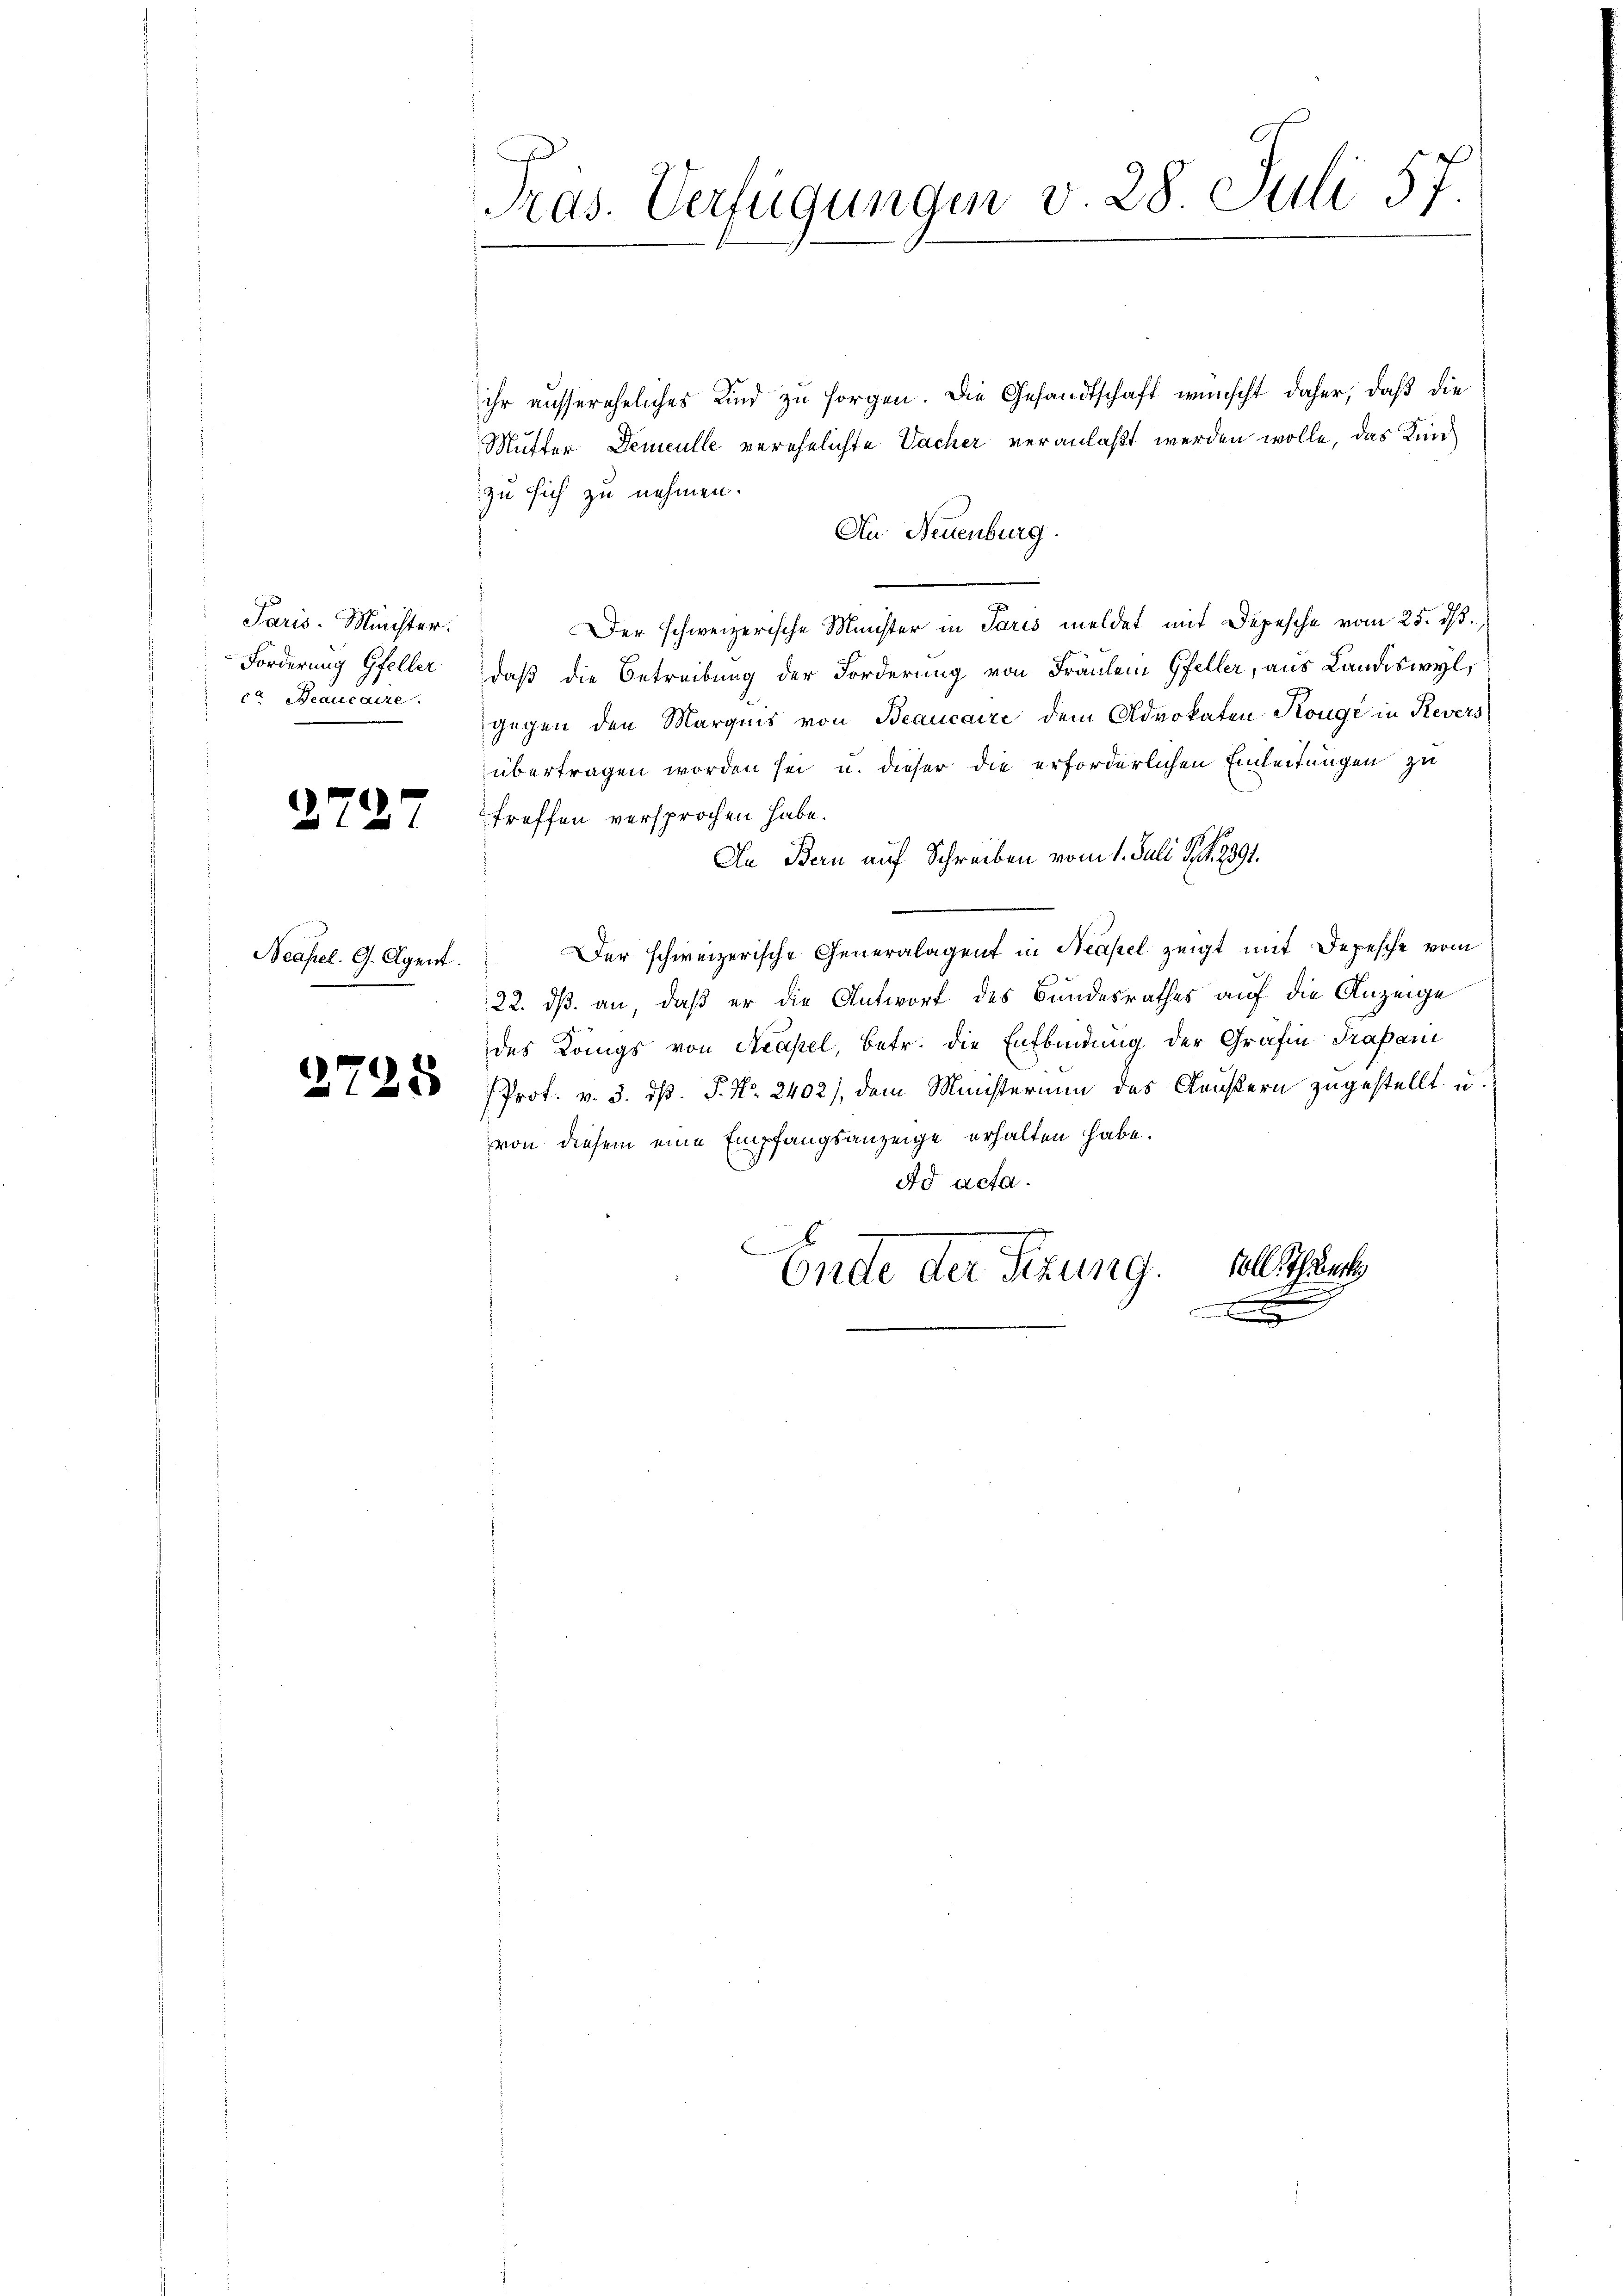
Paris. Minister.
Forderung Gfeller
ct. Beaucaire.

374

7

Neapel. G. Agent.

2725

Pras. Verfügungen v. 28. Juli 57

ihr aussereheliches Kind zu sorgen. Die Gesandtschaft wünscht daher, daß die
Mutter Demculle verehelichte Sacher veranlaßt werden wolle, das Kind
zu sich zu nehmen.
Au Neuenburg.
Der schweizerische Minister in Paris meldet mit Depesche vom 25. ds.,
daß die Betreibung der Forderung von Fräulein Gfeller, aus Landiswyl,
gegen den Marges von Beaucaire dem Advokaten-Kouge in Revers
übertragen worden sei u. dieser die erforderlichen Einleitungen zu
treffen versprochen habe.
In Bern auf Schreiben vom 1. Juli S. 1891.
Der schweizerische Generalagent in Neapel zeigt mit Depesche vom
122. dß an, daß er die Antwort des Bundesrathes auf die Anzeige
des Königs von Neapel, betr. die Entbindung der Grafin Trapari
Prof. v. 3. dß. P. Nr. 2402), dem Ministerium des Aeußern zugestellt u.
von diesem eine Empfangsanzeige erhalten habe.
Ad acta.
sollten
Ende der Sitzung.
x
e